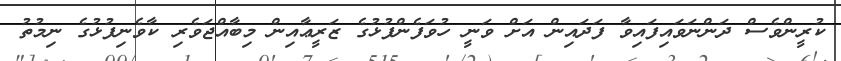
ކުރީންވެސް ދަންނަވައިފައިވާ ފަދައިން އަށް ވަނީ ހުވަފެންފުޅުގެ ޒަރީޢާއިން މިބާއްޖަވެރި ކާވެނިފުޅުގެ ނިމުތު